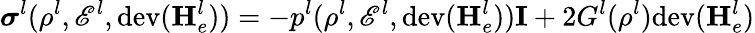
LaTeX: \boldsymbol\sigma^{l}(\rho^{l},\mathscr{E}^{l},\mathrm{dev}(\mathbf{H}_{e}^{l}))=-p^{l}(\rho^{l},\mathscr{E}^{l},\mathrm{dev}(\mathbf{H}_{e}^{l}))\mathbf{I}+2G^{l}(\rho^{l})\mathrm{dev}(\mathbf{H}_{e}^{l})